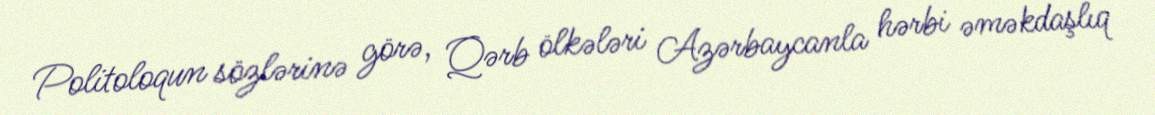
Politoloqun sözlərinə görə, Qərb ölkələri Azərbaycanla hərbi əməkdaşlıq